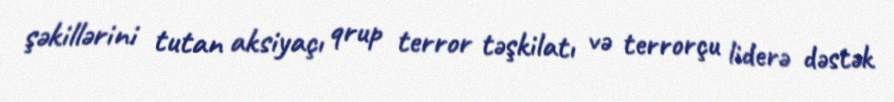
şəkillərini tutan aksiyaçı qrup terror təşkilatı və terrorçu liderə dəstək